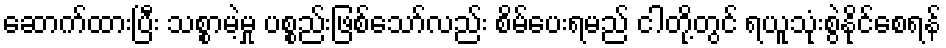
ဆောက်ထားပြီး သစ္စာမဲ့မှု ပစ္စည်းဖြစ်သော်လည်း စိမ်ပေးရမည် ငါတို့တွင် ရယူသုံးစွဲနိုင်စေရန်